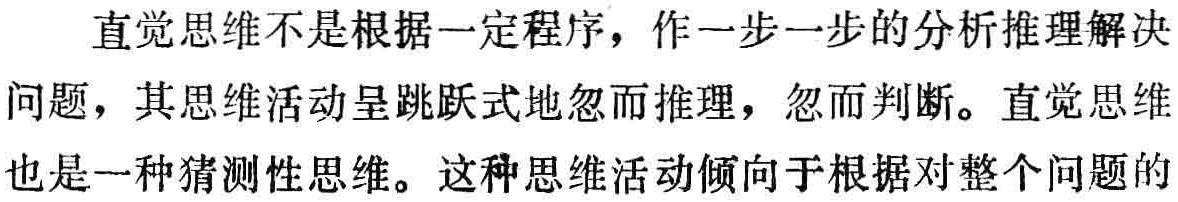
直觉思维不是根据一定程序，作一步一步的分析推理解决问题，其思维活动呈跳跃式地忽而推理，忽而判断。直觉思维也是一种猜测性思维。这种思维活动倾向于根据对整个问题的